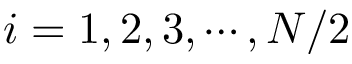
i = 1 , 2 , 3 , \cdots , N / 2